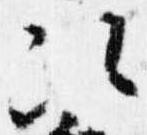
次